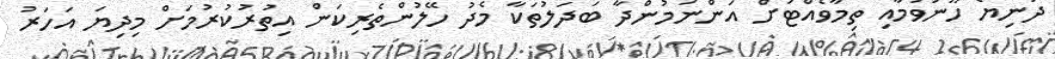
ދުނިޔެ ހޫނުވުމާއި ތިމާވެއްޓަށް އަންނަމުންދާ ބަދަލުތަކާ މެދު ހޭލުންތެރިކަން އިތުރުކުރުމަށް މިދިޔަ އަހަރު